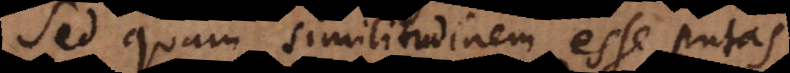
Sed quam similitudinem esse putas